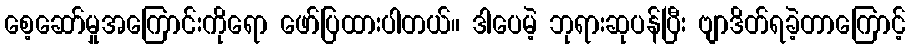
စေ့ဆော်မှုအကြောင်းကိုရော ဖော်ပြထားပါတယ်။ ဒါပေမဲ့ ဘုရားဆုပန်ပြီး ဗျာဒိတ်ရခဲ့တာကြောင့်